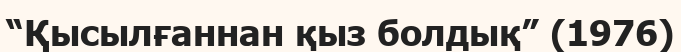
“Қысылғаннан қыз болдық” (1976)